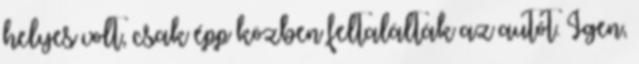
helyes volt, csak épp közben feltalálták az autót. Igen,